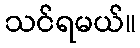
သင်ရမယ်။